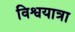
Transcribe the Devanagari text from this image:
विश्वयात्रा